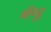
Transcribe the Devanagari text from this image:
बॅप्पु